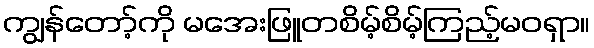
ကျွန်တော့်ကို မအေးဖြူတစိမ့်စိမ့်ကြည့်မဝရှာ။